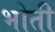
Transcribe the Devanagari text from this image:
भोती